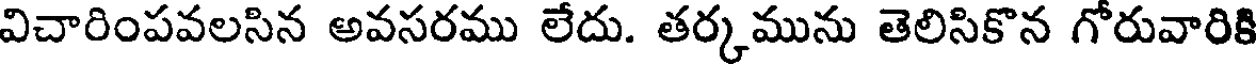
విచారింపవలసిన అవసరము లేదు. తర్కమును తెలిసికొన గోరువారికి